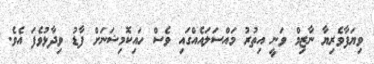
ވިޔަފާވެރިޔާ ނާޒިމް ވަނީ އިތުރު މައްސަލައެއްގައި ވެސް ހައިކޮމިޝަނަށް ފާޑު ވިދާޅުވެފަ އެވެ.